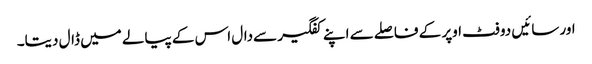
اور سائیں دو فٹ اوپر کے فاصلے سے اپنے کفگیر سےدال اس کے پیالے میں ڈال دیتا۔